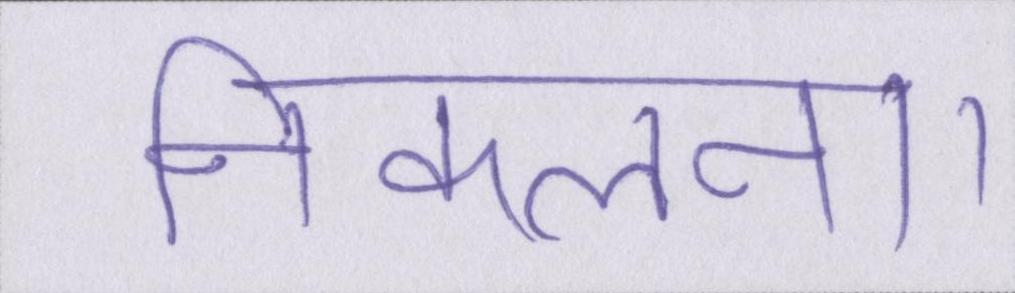
निकलना।